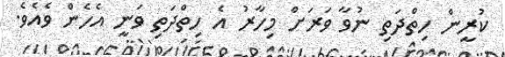
ކުރީން ހިތްދަތި ނުވާ ވަރަށް މިހާރު އެ ހިތްދަތި ވަނީ އެހެން ވެއެވެ.